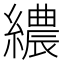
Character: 繷